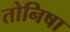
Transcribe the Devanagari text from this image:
तोनिषा